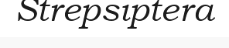
Strepsiptera